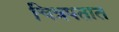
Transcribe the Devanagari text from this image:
चित्रपतात